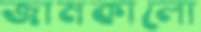
জামকালো